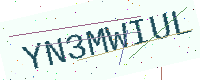
Text: YN3MWIUL